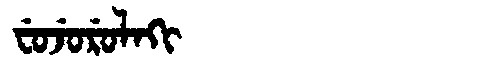
Manchu: ᠸᡠᠵᡠᡵᡠᠯᠠᡴᡳ
Romanization: FUJURULAKI